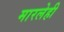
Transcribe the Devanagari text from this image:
मारलेही